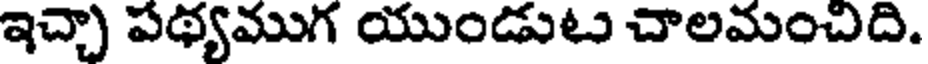
ఇచ్చా పథ్యముగ యుండుటు చాలమంచిది.